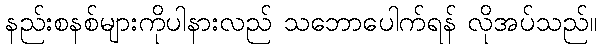
နည်းစနစ်များကိုပါနားလည် သဘောပေါက်ရန် လိုအပ်သည်။